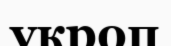
укроп